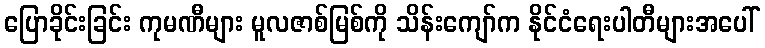
ပြောခိုင်းခြင်း ကုမဏီများ မူလဇာစ်မြစ်ကို သိန်းကျော်က နိုင်ငံရေးပါတီများအပေါ်